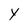
Character: Y